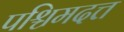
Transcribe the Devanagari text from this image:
पश्चिमदत्त